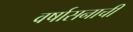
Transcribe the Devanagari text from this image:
वर्षासनाची